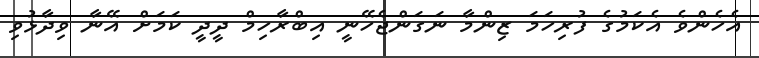
އެހެންވެ އެކަމުގެ ފުރިހަމަ ޒިންމާ ނަގަންޖެހޭނީ އިބްރާހިމް ދީދީ ކަމަށް އޭނާ ވިދާޅުވި